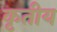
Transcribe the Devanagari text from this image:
कृतीय